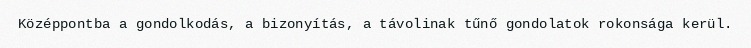
Középpontba a gondolkodás, a bizonyítás, a távolinak tűnő gondolatok rokonsága kerül.